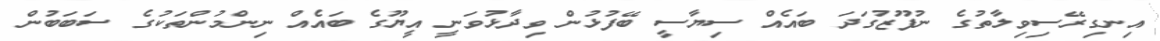
އިނގިރޭސިވިލާތުގެ ނުފޫޒުގަދަ ބައެއް ސިޔާސީ ބޭފުޅުން ވިދާޅުވަނީ އީޔޫގެ ބައެއް ނިންމުންތަކުގެ ސަބަބުން